Vaccine operations Central Provinces 1868-1885 - 1868-1885
Year: 1868
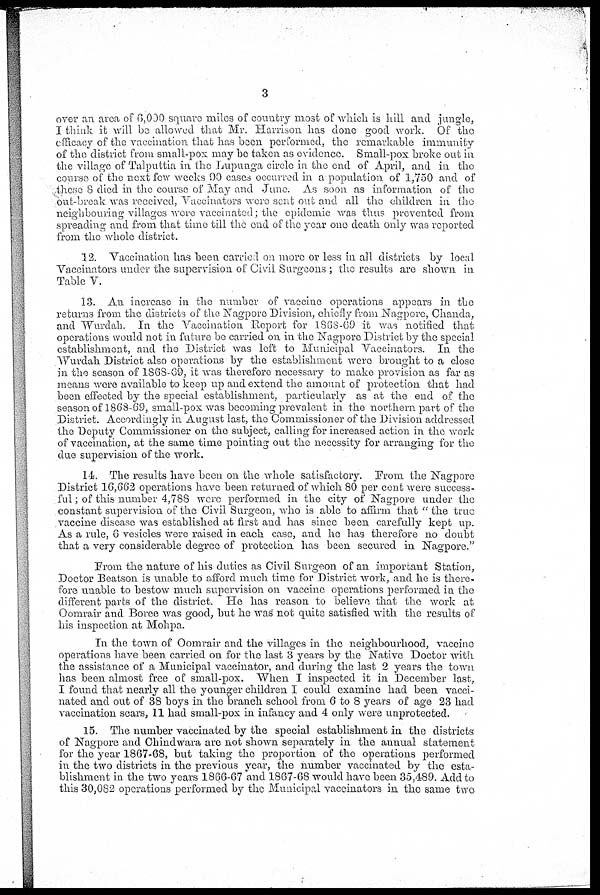
3
over an area of 6,000 square miles of country most of which is hill and jungle,
I think it will be allowed that Mr. Harrison has done good work. Of the
efficacy of the vaccination that has been performed, the remarkable immunity
of the district from small-pox may be taken as evidence. Small-pox broke out in
the village of Talputtia in the Lupunga circle in the end of April, and in the
course of the next few weeks 99 cases occurred in a population of 1,750 and of
these 8 died in the course of May and June. As soon as information of the
out-break was received, Vaccinators were sent out and all the children in the
neighbouring villages were vaccinated; the epidemic was thus prevented from
spreading and from that time till the end of the year one death only was reported
from the whole district.
12. Vaccination has been carried on more or less in all districts by local
Vaccinators under the supervision of Civil Surgeons ; the results are shown in
Table V.
13. An increase in the number of vaccine operations appears in the
returns from the districts of the Nagpore Division, chiefly from Nagpore, Chanda,
and Wurdah. In the Vaccination Report for 1868-69 it was notified that
operations would not in future be carried on in the Nagpore District by the special
establishment, and the District was left to Municipal Vaccinators. In the
Wurdah District also operations by the establishment were brought to a close
in the season of 1868-69, it was therefore necessary to make provision as far as
means were available to keep up and extend the amount of protection that had
been effected by the special establishment, particularly as at the end of the
season of 1868-69, small-pox was becoming prevalent in the northern part of the
District. Accordingly in August last, the Commissioner of the Division addressed
the Deputy Commissioner on the subject, calling for increased action in the work
of vaccination, at the same time pointing out the necessity for arranging for the
due supervision of the work.
14. The results have been on the whole satisfactory. From the Nagpore
District 16,662 operations have been returned of which 80 per cent were success-
ful ; of this number 4,788 were performed in the city of Nagpore under the
constant supervision of the Civil Surgeon, who is able to affirm that " the true
vaccine disease was established at first and has since been carefully kept up.
As a rule, 6 vesicles were raised in each case, and he has therefore no doubt
that a very considerable degree of protection has been secured in Nagpore."
From the nature of his duties as Civil Surgeon of an important Station,
Doctor Beatson is unable to afford much time for District work, and he is there-
fore unable to bestow much supervision on vaccine operations performed in the
different parts of the district. He has reason to believe that the work at
Oomrair and Boree was good, but he was not quite satisfied with the results of
his inspection at Mohpa.
In the town of Oomrair and the villages in the neighbourhood, vaccine
operations have been carried on for the last 3 years by the Native Doctor with
the assistance of a Municipal vaccinator, and during the last 2 years the town
has been almost free of small-pox. When I inspected it in December last,
I found that nearly all the younger children I could examine had been vacci-
nated and out of 38 boys in the branch school from 6 to 8 years of age 23 had
vaccination scars, 11 had small-pox in infancy and 4 only were unprotected.
15. The number vaccinated by the special establishment in the districts
of Nagpore and Chindwara are not shown separately in the annual statement
for the year 1867-68, but taking the proportion of the operations performed
in the two districts in the previous year, the number vaccinated by the esta-
blishment in the two years 1866-67 and 1867-68 would have been 35,489. Add to
this 30,082 operations performed by the Municipal vaccinators in the same two